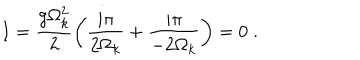
I = \frac { g \Omega _ { k } ^ { 2 } } { 2 } \left( \frac { i \pi } { 2 \Omega _ { k } } + \frac { i \pi } { - 2 \Omega _ { k } } \right) = 0 \; .